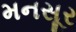
મનસૂર